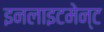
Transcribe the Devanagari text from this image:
इनलाइटमेन्ट